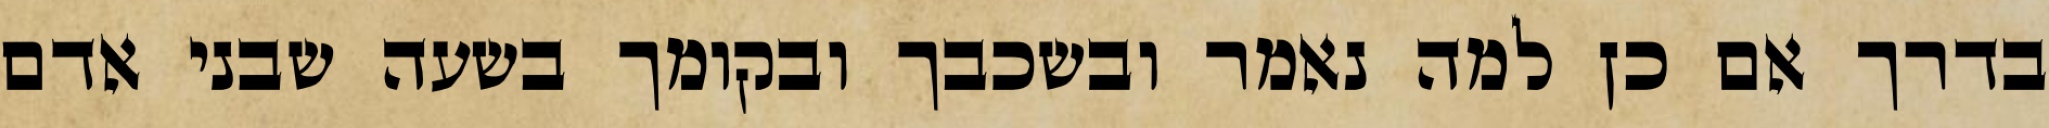
בדרך אם כן למה נאמר ובשכבך ובקומך בשעה שבני אדם